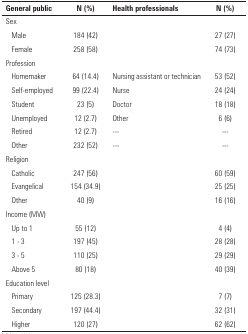
| General public | N (%) | Health professionals | N (%) |
 | --- | --- | --- | --- |
 | Sex |  |  |  |
 | Male | 184 (42) |  | 27 (27) |
 | Female | 258 (58) |  | 74 (73) |
 | Profession |  |  |  |
 | Homemaker | 64 (14.4) | Nursing assistant or technician | 53 (52) |
 | Self-employed | 99 (22.4) | Nurse | 24 (24) |
 | Student | 23 (5) | Doctor | 18 (18) |
 | Unemployed | 12 (2.7) | Other | 6 (6) |
 | Retired | 12 (2.7) | --- | --- |
 | Other | 232 (52) | --- | --- |
 | Religion |  |  |  |
 | Catholic | 247 (56) |  | 60 (59) |
 | Evangelical | 154 (34.9) |  | 25 (25) |
 | Other | 40 (9) |  | 16 (16) |
 | Income (MW) |  |  |  |
 | Up to 1 | 55 (12) |  | 4 (4) |
 | 1 - 3 | 197 (45) |  | 28 (28) |
 | 3 - 5 | 110 (25) |  | 29 (29) |
 | Above 5 | 80 (18) |  | 40 (39) |
 | Education level |  |  |  |
 | Primary | 125 (28.3) |  | 7 (7) |
 | Secondary | 197 (44.4) |  | 32 (31) |
 | Higher | 120 (27) |  | 62 (62) |